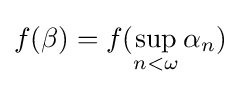
f(\beta )=f(\sup _{n<\omega }\alpha _{n})